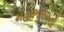
મહાભારતનો